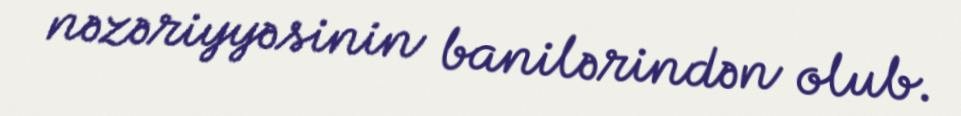
nəzəriyyəsinin banilərindən olub.